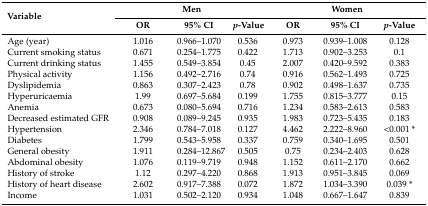
<table><thead><tr><td rowspan="2"><b>Variable</b></td><td colspan="3"><b>Men</b></td><td colspan="3"><b>Women</b></td></tr><tr><td><b>OR</b></td><td><b>95% CI</b></td><td><b><i>p</i>-Value</b></td><td><b>OR</b></td><td><b>95% CI</b></td><td><b><i>p</i>-Value</b></td></tr></thead><tbody><tr><td>Age (year)</td><td>1.016</td><td>0.966–1.070</td><td>0.536</td><td>0.973</td><td>0.939–1.008</td><td>0.128</td></tr><tr><td>Current smoking status</td><td>0.671</td><td>0.254–1.775</td><td>0.422</td><td>1.713</td><td>0.902–3.253</td><td>0.1</td></tr><tr><td>Current drinking status</td><td>1.455</td><td>0.549–3.854</td><td>0.45</td><td>2.007</td><td>0.420–9.592</td><td>0.383</td></tr><tr><td>Physical activity</td><td>1.156</td><td>0.492–2.716</td><td>0.74</td><td>0.916</td><td>0.562–1.493</td><td>0.725</td></tr><tr><td>Dyslipidemia</td><td>0.863</td><td>0.307–2.423</td><td>0.78</td><td>0.902</td><td>0.498–1.637</td><td>0.735</td></tr><tr><td>Hyperuricaemia</td><td>1.99</td><td>0.697–5.684</td><td>0.199</td><td>1.755</td><td>0.815–3.777</td><td>0.15</td></tr><tr><td>Anemia</td><td>0.673</td><td>0.080–5.694</td><td>0.716</td><td>1.234</td><td>0.583–2.613</td><td>0.583</td></tr><tr><td>Decreased estimated GFR</td><td>0.908</td><td>0.089–9.245</td><td>0.935</td><td>1.983</td><td>0.723–5.435</td><td>0.183</td></tr><tr><td>Hypertension</td><td>2.346</td><td>0.784–7.018</td><td>0.127</td><td>4.462</td><td>2.222–8.960</td><td>&lt;0.001 *</td></tr><tr><td>Diabetes</td><td>1.799</td><td>0.543–5.958</td><td>0.337</td><td>0.759</td><td>0.340–1.695</td><td>0.501</td></tr><tr><td>General obesity</td><td>1.911</td><td>0.284–12.867</td><td>0.505</td><td>0.75</td><td>0.234–2.403</td><td>0.628</td></tr><tr><td>Abdominal obesity</td><td>1.076</td><td>0.119–9.719</td><td>0.948</td><td>1.152</td><td>0.611–2.170</td><td>0.662</td></tr><tr><td>History of stroke</td><td>1.12</td><td>0.297–4.220</td><td>0.868</td><td>1.913</td><td>0.951–3.845</td><td>0.069</td></tr><tr><td>History of heart disease</td><td>2.602</td><td>0.917–7.388</td><td>0.072</td><td>1.872</td><td>1.034–3.390</td><td>0.039 *</td></tr><tr><td>Income</td><td>1.031</td><td>0.502–2.120</td><td>0.934</td><td>1.048</td><td>0.667–1.647</td><td>0.839</td></tr></tbody></table>